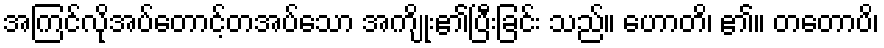
အကြင်လိုအပ်တောင့်တအပ်သော အကျိုး၏ပြီးခြင်း သည်။ ဟောတိ၊ ၏။ တတောပိ၊